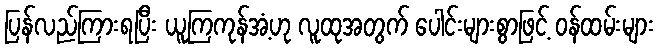
ပြန်လည်ကြားရပြီး ယူကြကုန်အံ့ဟု လူထုအတွက် ပေါင်းများစွာဖြင့် ဝန်ထမ်းများ